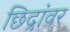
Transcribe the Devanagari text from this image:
छिद्रांवर